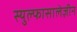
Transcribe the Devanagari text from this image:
स्युल्फासालेज़ीन